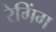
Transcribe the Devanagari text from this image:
रेगिंग